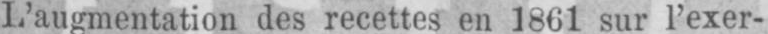
L’augmentation des recettes en 1861 sur l’exer-